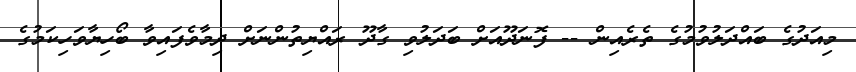
މިއަދުގެ ބައްދަލުވުމުގެ ތެރެއިން -- ފޮނަދޫއަށް ބަދަލުވި ގާދޫ ރައްޔިތުންނަށް ދިމާވެފައިވާ ބޯހިޔާވަހިކަމުގެ